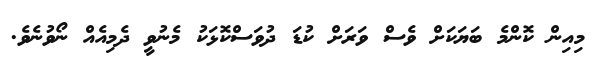
މިއިން ކޮންމެ ބަޔަކަށް ވެސް ވަރަށް ކުޑަ ދުވަސްކޮޅަކު މެނުވީ ދެމިއެއް ނޯވުނެވެ.